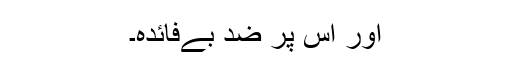
اور اس پر ضد بےفائدہ۔